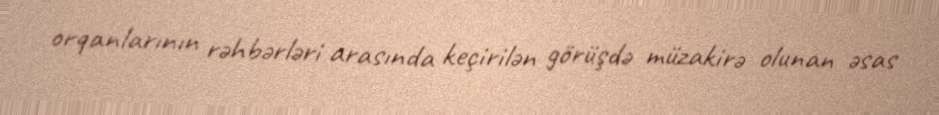
orqanlarının rəhbərləri arasında keçirilən görüşdə müzakirə olunan əsas